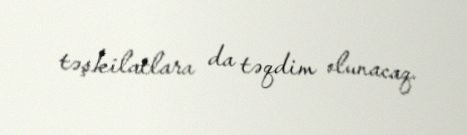
təşkilatlara da təqdim olunacaq.